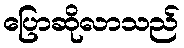
ပြောဆိုလာသည်